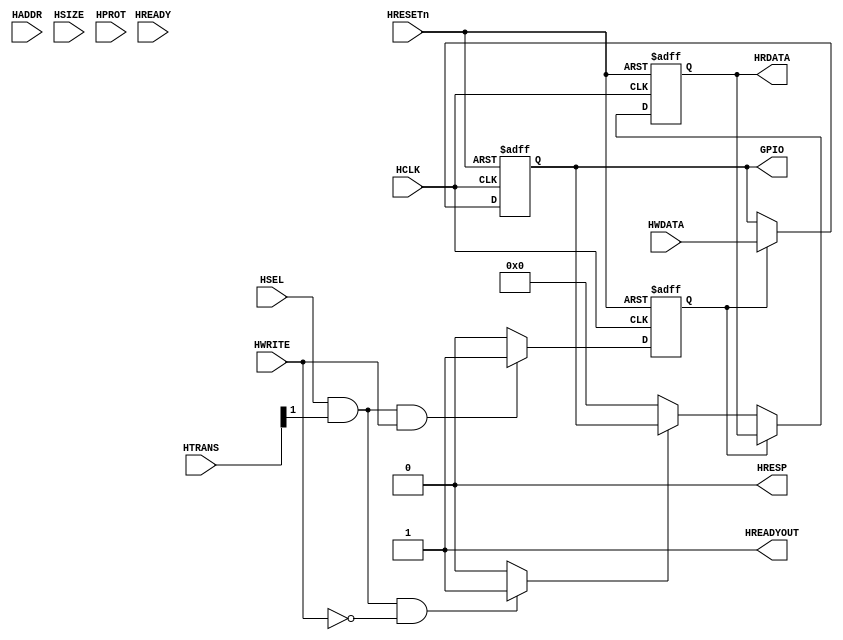
`timescale 1ns / 1ps
module apb_pio
(
// --------------------------------------------------------------------------
// Port Definitions
// --------------------------------------------------------------------------
	input  wire                     HCLK,       // Clock
	input  wire                     HRESETn,    // Reset
    
    // Port1 RW
	input  wire                     HSEL,       // Device select
	input  wire           [31:0]    HADDR,      // Address
	input  wire           [1:0]     HTRANS,     // Transfer control
	input  wire           [2:0]     HSIZE,      // Transfer size
	input  wire           [3:0]     HPROT,      // Protection control
	input  wire                     HWRITE,     // Write control
	input  wire                     HREADY,     // Transfer phase done
	input  wire        [31:0]       HWDATA,     // Write data

	output wire                     HREADYOUT,  // Device ready
	output reg         [31:0]       HRDATA,     // Read data output
	output wire                     HRESP,      // Device response
    
    output wire        [31:0]     GPIO          // IO Port
);

// Registers
reg    [31:0]   pio_reg;
reg		        ram_wr, ram_rd;

always @(posedge HCLK or negedge HRESETn)
begin
	if (!HRESETn)
		ram_wr <= 1'b0;
	else begin
		if (HSEL && (HTRANS[1] == 1'b1) && HWRITE)
			ram_wr <= 1'b1;
		else
			ram_wr <= 1'b0;
	end
end

always @(*)
begin
	if (HSEL && (HTRANS[1] == 1'b1) && !HWRITE)
		ram_rd = 1'b1;
	else
		ram_rd = 1'b0;
end

always @(posedge HCLK or negedge HRESETn)
begin
	if (!HRESETn) begin
        pio_reg <= 'd0;
		HRDATA  <= 'd0;
    end
	else begin
		if (ram_wr)
			pio_reg <= HWDATA;
		else if (ram_rd)
			HRDATA <= pio_reg;
        else
            HRDATA <= 'd0;
	end
end

assign HREADYOUT = 1'b1;
assign HRESP     = 1'b0;
assign GPIO      = pio_reg;

endmodule